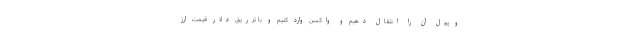
و پول آن را انتقال دهیم و واکسن وارد کنیم و با تزریق دلار قیمت ارز